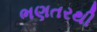
ભણતરથી